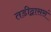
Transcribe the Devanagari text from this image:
तडीद्वाससं